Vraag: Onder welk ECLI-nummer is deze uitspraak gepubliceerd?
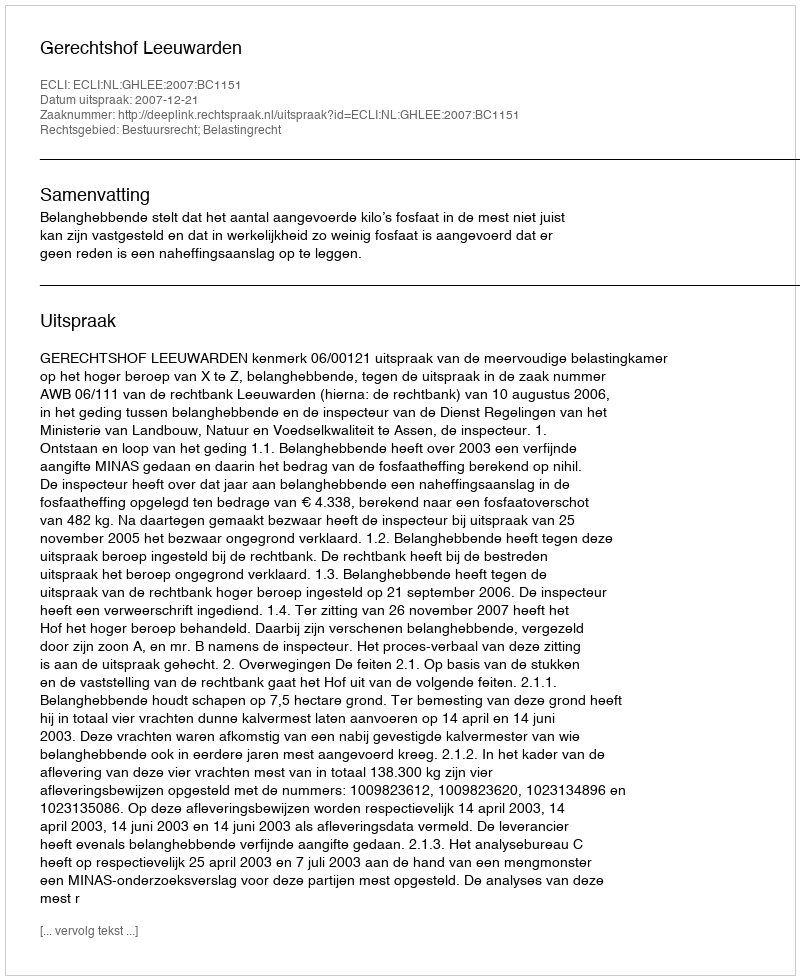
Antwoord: ECLI:NL:GHLEE:2007:BC1151